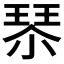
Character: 𰢇